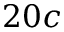
2 0 c